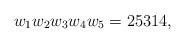
LaTeX: \begin{align*}w_1w_2w_3w_4w_5= 25314,\end{align*}